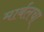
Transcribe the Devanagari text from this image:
मार्बलचा